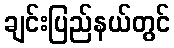
ချင်းပြည်နယ်တွင်